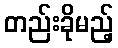
တည်းခိုမည့်